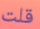
قلت